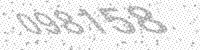
Solution: 098158